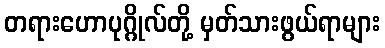
တရားဟောပုဂ္ဂိုလ်တို့ မှတ်သားဖွယ်ရာများ